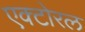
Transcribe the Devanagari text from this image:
एक्टोरल